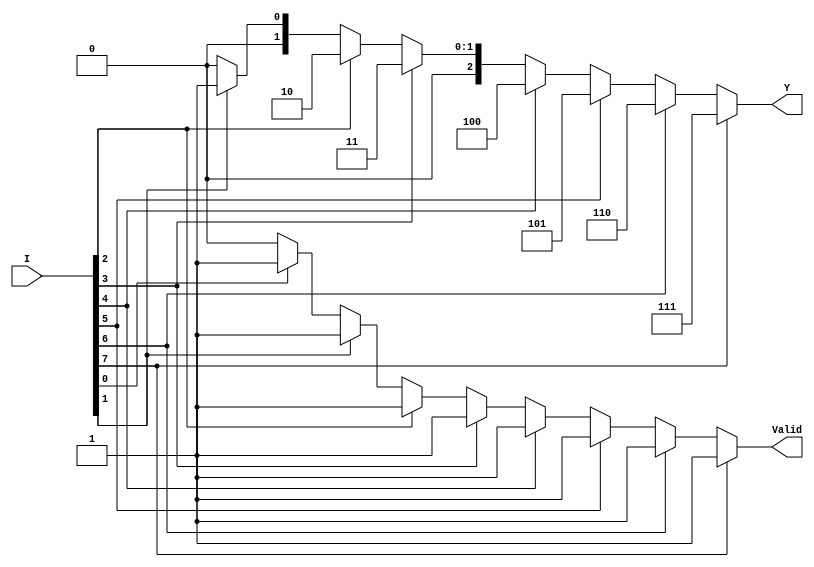
module encoder_8to3 (
    input  wire [7:0] I,    // 8 input lines (I0 to I7)
    output reg  [2:0] Y,    // 3-bit output (Y)
    output reg        Valid   // Valid signal
);

always @(*) begin
    // Default output
    Y = 3'b000;  // Default output when no input is active
    Valid = 1'b0; // Default valid signal

    // Priority encoding
    if (I[7]) begin
        Y = 3'b111; // I7 is active
        Valid = 1'b1;
    end else if (I[6]) begin
        Y = 3'b110; // I6 is active
        Valid = 1'b1;
    end else if (I[5]) begin
        Y = 3'b101; // I5 is active
        Valid = 1'b1;
    end else if (I[4]) begin
        Y = 3'b100; // I4 is active
        Valid = 1'b1;
    end else if (I[3]) begin
        Y = 3'b011; // I3 is active
        Valid = 1'b1;
    end else if (I[2]) begin
        Y = 3'b010; // I2 is active
        Valid = 1'b1;
    end else if (I[1]) begin
        Y = 3'b001; // I1 is active
        Valid = 1'b1;
    end else if (I[0]) begin
        Y = 3'b000; // I0 is active
        Valid = 1'b1;
    end
end

endmodule